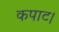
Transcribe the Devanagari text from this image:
कपाट।